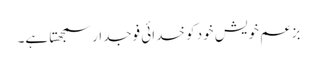
بزعم خویش خود کو خدائی فوجدار سمجھتا ہے۔